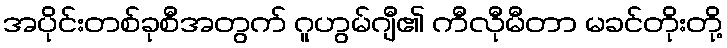
အပိုင်းတစ်ခုစီအတွက် ဂူဟွမ်ဂျီ၏ ကီလီုမီတာ မခင်တိုးတို့